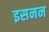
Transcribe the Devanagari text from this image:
इसनन